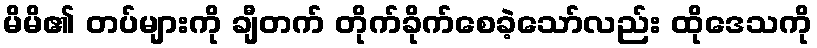
မိမိ၏ တပ်များကို ချီတက် တိုက်ခိုက်စေခဲ့သော်လည်း ထိုဒေသကို